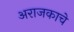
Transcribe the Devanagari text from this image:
अराजकाचे